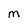
Character: m